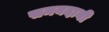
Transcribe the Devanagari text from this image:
समयदानी